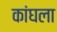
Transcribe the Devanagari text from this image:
कांघला